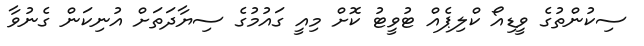
ސިކުންތުގެ ވީޑިއޯ ކްލިޕެއް ޓުވީޓު ކޮށް މިއީ ގައުމުގެ ސިޔާދަތަށް އުނިކަން ގެނުވާ